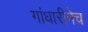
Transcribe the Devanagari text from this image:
गांधारीनेच